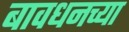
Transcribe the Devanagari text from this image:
बावधनच्या